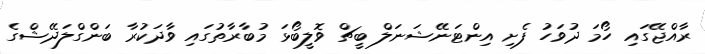
ރާއްޖޭގައި ހޯމަ ދުވަހު ފެށި އިންޓަނޭޝަނަލް ބީޗް ވޮލީބޯޅަ މުބާރާތުގައި ވާދަކުރާ ބަންގްލަދޭޝްގެ